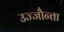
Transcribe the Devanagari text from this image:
उज्‍जौन्ता